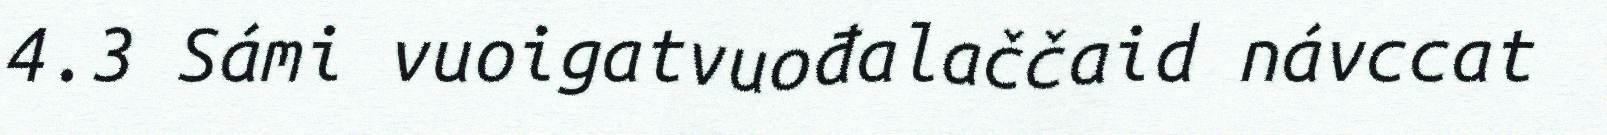
4.3 Sámi vuoigatvuođalaččaid návccat